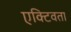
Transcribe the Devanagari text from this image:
एक्टिवता